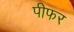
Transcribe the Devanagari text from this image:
पीफर